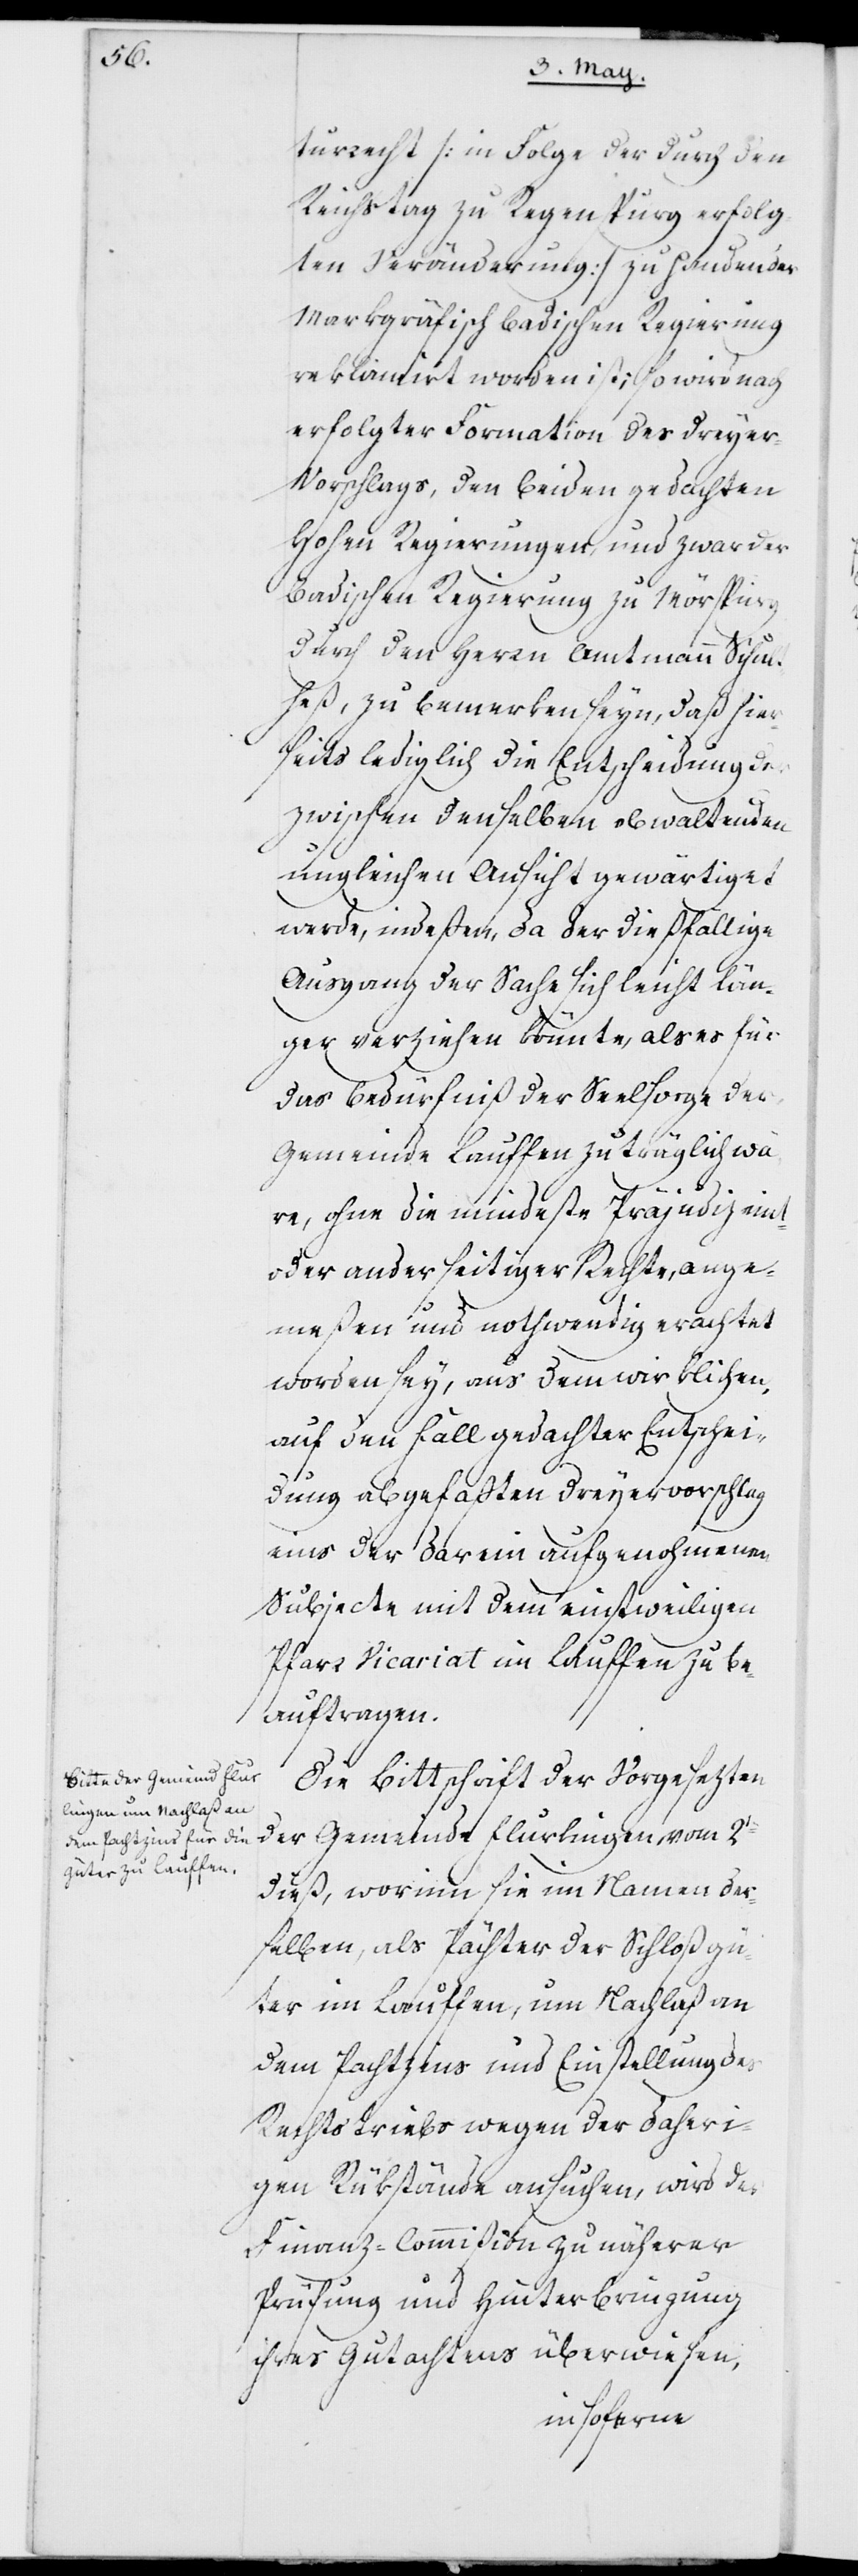
turrecht (in Folge der durch den
Reichstag zu Regenspurg erfolg¬
ten Veränderung) zu Handen der
Markgräfisch Badischen Regierung
reklamirt worden ist; so wird nach
erfolgter Formation des Dreyer¬
vorschlags den beyden gedachten
Hohen Regierungen, und zwar der
Badischen Regierung zu Mörsburg,
durch den Herrn Amtmann Schult¬
heß, zu bemerken seyn, daß hier¬
seits lediglich die Entscheidung der
zwischen denselben obwaltenden
ungleichen Ansicht gewärtiget
werde, indeßen, da der dießfällige
Ausgang der Sache sich leicht län¬
ger verziehen könnte, als es für
das Bedürfniß der Seelsorge der
Gemeinde Lauffen zuträglich wä¬
re, ohne die mindeste Präjudiz eint
oder anderseitiger Rechte, ange¬
meßen und nothwendig erachtet
worden sey, aus dem wirklichen,
auf den Fall gedachter Entschei¬
dung abgefaßten Dreyervorschlag
eins der darein aufgenohmenen
Subjecte mit dem einstweiligen
Pfarr Vicariat im Laufen zu be¬
auftragen.
Die Bittschrift der Vorgesezten
der Gemeinde Flurlingen, vom 2ten
dieß, worinn sie im Namen der¬
selben, als Pächter der Schloßgü¬
ter im Lauffen um Nachlaß an
dem Pachtzins und Einstellung des
Rechtstriebs wegen der daheri¬
gen Rükstände ansuchen, wird der
Finanz-Commißion zu näherer
Prüfung und Hinterbringung
ihres Gutachtens überwiesen,